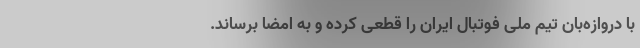
با دروازه‌بان تیم ملی فوتبال ایران را قطعی کرده و به امضا برساند.